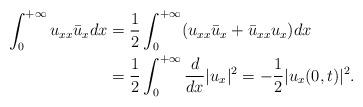
LaTeX: \begin{align*}\int_0^{+\infty}u_{xx}\bar{u}_xdx&=\frac12\int_0^{+\infty}(u_{xx}\bar{u}_x+\bar{u}_{xx}u_x)dx\\&=\frac12 \int_0^{+\infty}\frac{d}{dx}|u_x|^2=-\frac12 |u_x(0,t)|^2.\end{align*}